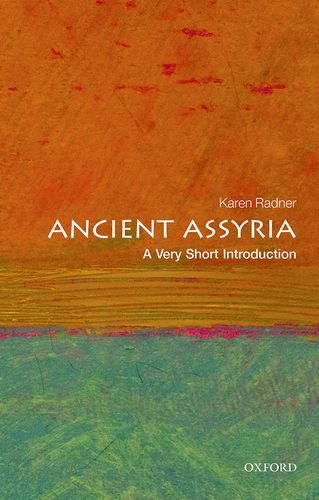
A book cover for Ancient Assyria: A Very Short Introduction (Very Short Introductions); Karen Radner; History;